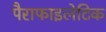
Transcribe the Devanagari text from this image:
पैराफाइलेटिक